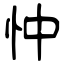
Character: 忡